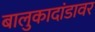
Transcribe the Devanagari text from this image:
बालुकादांडावर